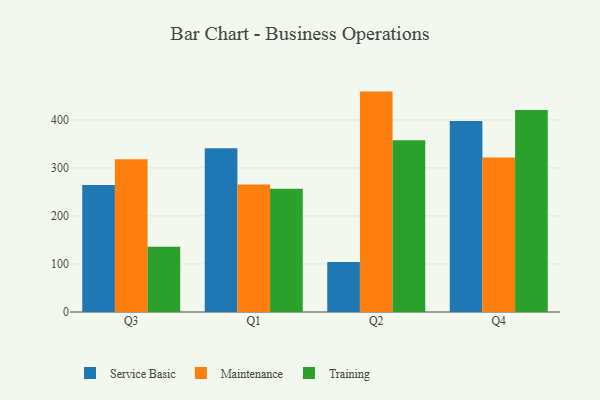
{"axis": {"x": "Quarter", "y": "Backlog"}, "legend": ["Maintenance", "Service Basic", "Training"], "data": [{"x": "Q3", "y": 264.6, "type": "Service Basic"}, {"x": "Q3", "y": 317.8, "type": "Maintenance"}, {"x": "Q3", "y": 136.0, "type": "Training"}, {"x": "Q1", "y": 341.1, "type": "Service Basic"}, {"x": "Q1", "y": 265.2, "type": "Maintenance"}, {"x": "Q1", "y": 256.7, "type": "Training"}, {"x": "Q2", "y": 104.2, "type": "Service Basic"}, {"x": "Q2", "y": 458.8, "type": "Maintenance"}, {"x": "Q2", "y": 357.6, "type": "Training"}, {"x": "Q4", "y": 397.4, "type": "Service Basic"}, {"x": "Q4", "y": 321.4, "type": "Maintenance"}, {"x": "Q4", "y": 420.7, "type": "Training"}]}